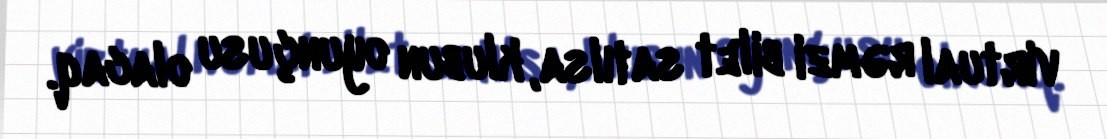
virtual rəmzi bilet satılsa, klubun oyunçusu olacaq.